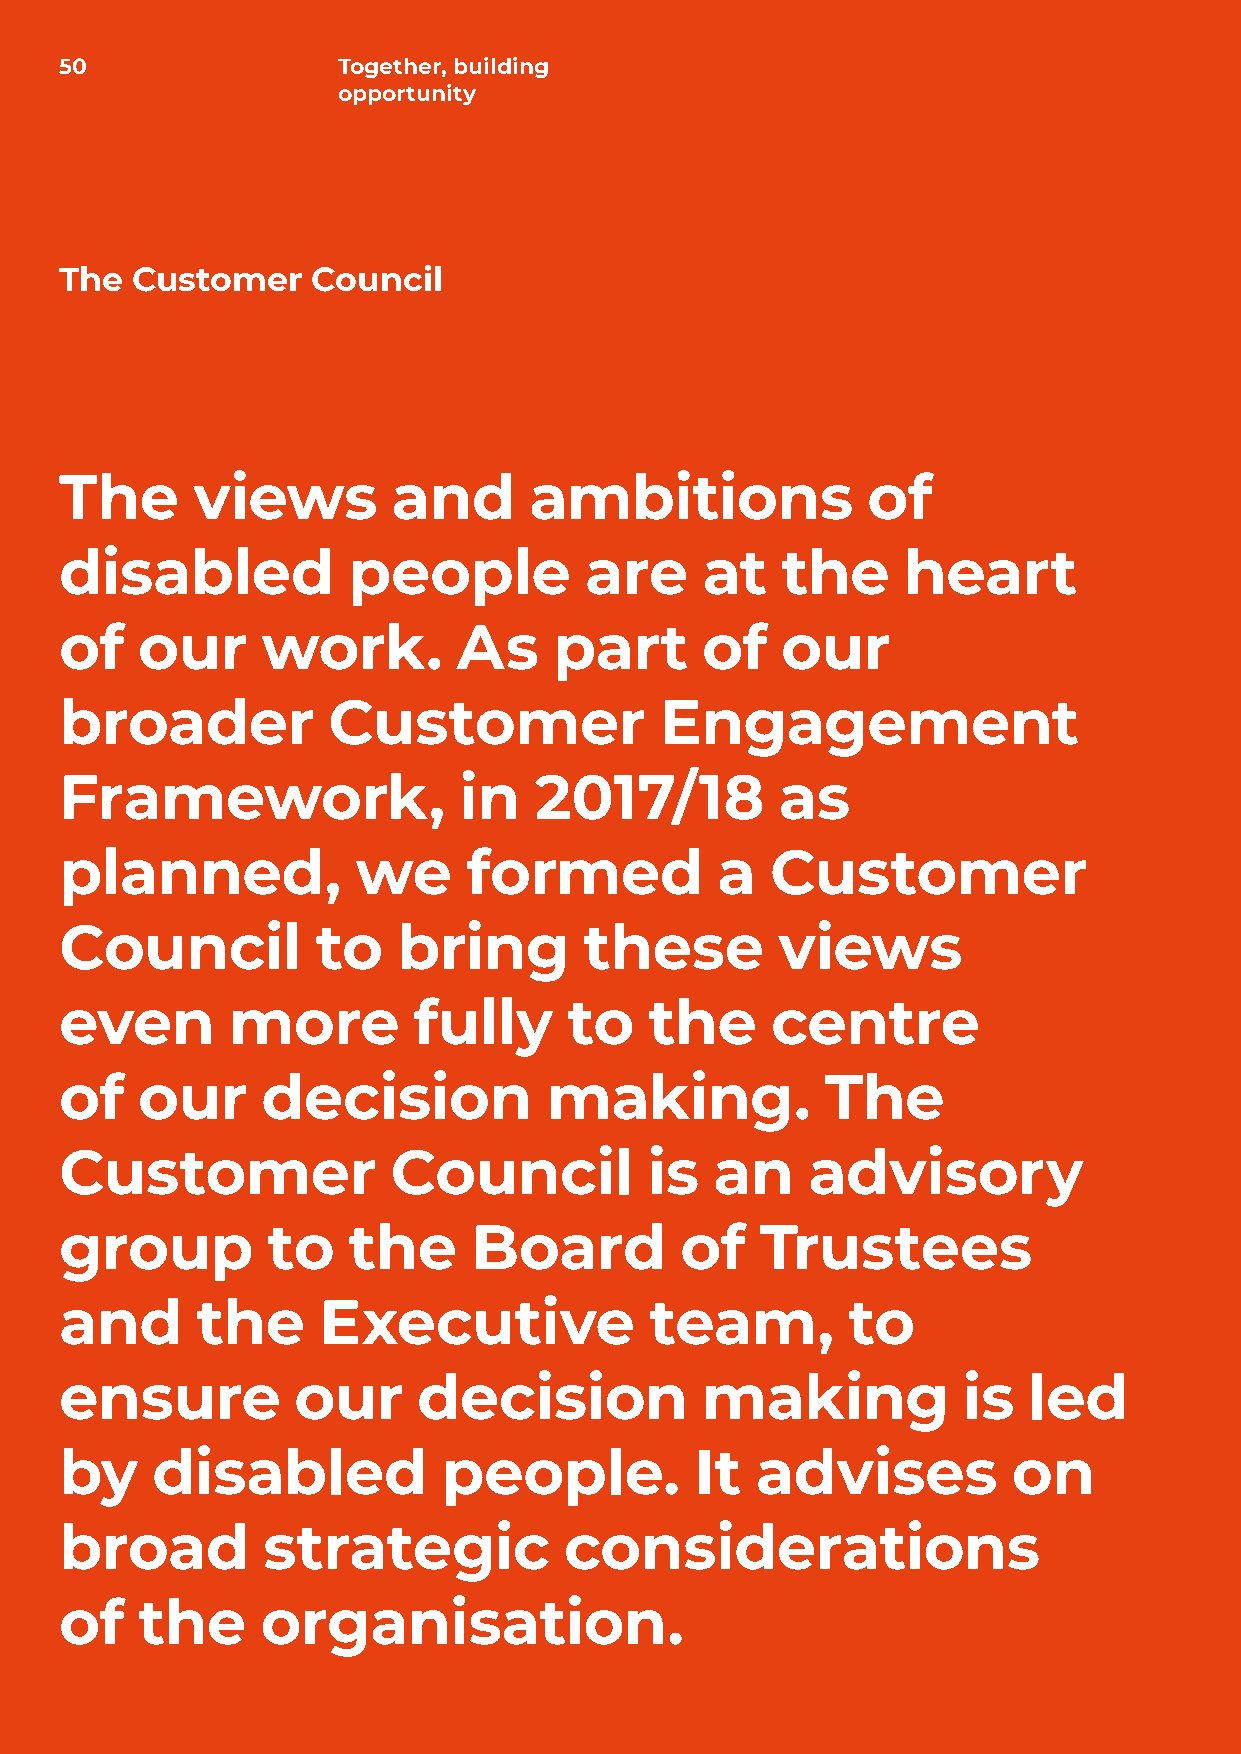
50                Together, building
 opportunity
 The  Customer    Council
 The      views        and      ambitions             of
 disabled           people          are    at    the     heart
 of   our     work.        As     part     of    our
 broader           Customer              Engagement
 Framework,                in   2017/18          as
 planned,            we     formed          a   Customer
 Council          to   bring        these       views
 even       more        fully      to   the     centre
 of   our     decision           making.            The
 Customer              Council          is  an    advisory
 group         to   the     Board         of   Trustees
 and      the     Executive             team,        to
 ensure         our      decision          making            is  led
 by    disabled           people.          It  advises          on
 broad        strategic           considerations
 of   the     organisation.